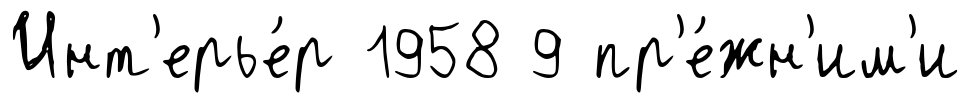
Инт'ерье́р 1958 9 пр'е́жн'им'и